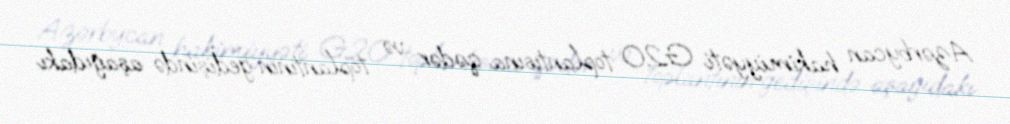
Azərbycan hakimiyyəti G20 toplantısına qədər və toplantının gedişində aşağıdakı